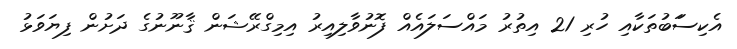
އެކިސަަބުތަކާއި ހުރި 21 އިތުރު މައްސަލައެއް ފޮނުވާލިއިރު އިމިގްރޭޝަން ޤާނޫނުގެ ދަށުން ފިޔަވަޅު